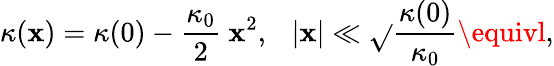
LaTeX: \kappa(\mathbf{x})=\kappa(0)-\frac{{\kappa_{0}}}{{2}}~\mathbf{x}^{2},~~~|\mathbf{x}|\ll\sqrt{}{{\frac{{\kappa(0)}}{{\kappa_{0}}}}}\equivl,